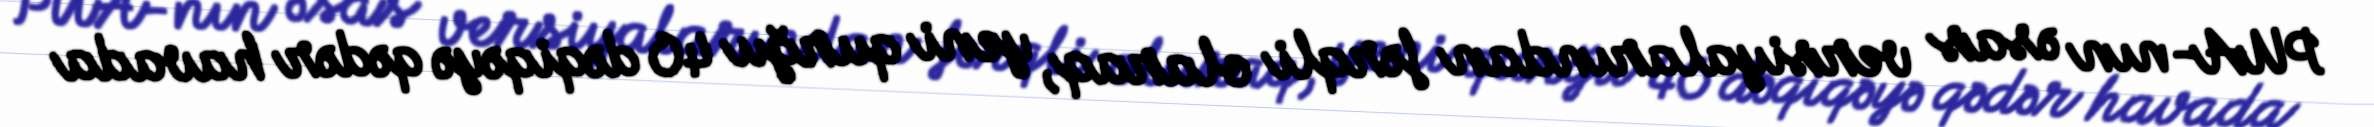
PUA-nın əsas versiyalarından fərqli olaraq, yeni qurğu 40 dəqiqəyə qədər havada